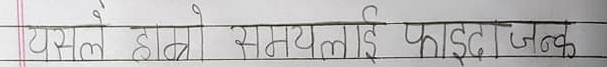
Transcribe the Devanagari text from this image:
यसले हाम्रो समयलाई फाइदाजनक